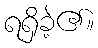
ရရှိခဲ့၏။